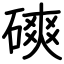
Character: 磢